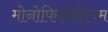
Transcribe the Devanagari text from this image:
मोनोफिजितिज्म